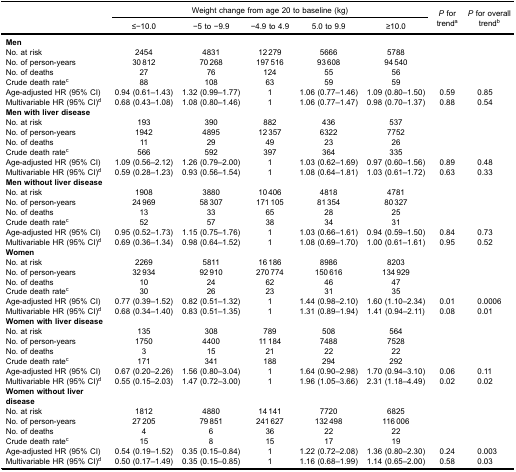
<table><thead><tr><td rowspan="3"><b> </b></td><td colspan="5"><b>Weight change from age 20 to baseline (kg)</b></td><td rowspan="3"><b><i>P</i> fortrend<sup>a</sup></b></td><td rowspan="3"><b><i>P</i> for overalltrend<sup>b</sup></b></td></tr><tr><td><b>≤−10.0</b></td><td><b>−5 to −9.9</b></td><td><b>−4.9 to 4.9</b></td><td><b>5.0 to 9.9</b></td><td><b>≥10.0</b></td></tr></thead><tbody><tr><td><b>Men</b></td><td> </td><td> </td><td> </td><td> </td><td> </td><td> </td><td> </td></tr><tr><td>No. at risk</td><td>2454</td><td>4831</td><td>12 279</td><td>5666</td><td>5788</td><td> </td><td> </td></tr><tr><td>No. of person-years</td><td>30 812</td><td>70 268</td><td>197 516</td><td>93 608</td><td>94 540</td><td> </td><td> </td></tr><tr><td>No. of deaths</td><td>27</td><td>76</td><td>124</td><td>55</td><td>56</td><td> </td><td> </td></tr><tr><td>Crude death rate<sup>c</sup></td><td>88</td><td>108</td><td>63</td><td>59</td><td>59</td><td> </td><td> </td></tr><tr><td>Age-adjusted HR (95% CI)</td><td>0.94 (0.61–1.43)</td><td>1.32 (0.99–1.77)</td><td>1</td><td>1.06 (0.77–1.46)</td><td>1.09 (0.80–1.50)</td><td>0.59</td><td>0.85</td></tr><tr><td>Multivariable HR (95% CI)<sup>d</sup></td><td>0.68 (0.43–1.08)</td><td>1.08 (0.80–1.46)</td><td>1</td><td>1.06 (0.77–1.47)</td><td>0.98 (0.70–1.37)</td><td>0.88</td><td>0.54</td></tr><tr><td><b>Men with liver disease</b></td><td> </td><td> </td><td> </td><td> </td><td> </td><td> </td><td> </td></tr><tr><td>No. at risk</td><td>193</td><td>390</td><td>882</td><td>436</td><td>537</td><td> </td><td> </td></tr><tr><td>No. of person-years</td><td>1942</td><td>4895</td><td>12 357</td><td>6322</td><td>7752</td><td> </td><td> </td></tr><tr><td>No. of deaths</td><td>11</td><td>29</td><td>49</td><td>23</td><td>26</td><td> </td><td> </td></tr><tr><td>Crude death rate<sup>c</sup></td><td>566</td><td>592</td><td>397</td><td>364</td><td>335</td><td> </td><td> </td></tr><tr><td>Age-adjusted HR (95% CI)</td><td>1.09 (0.56–2.12)</td><td>1.26 (0.79–2.00)</td><td>1</td><td>1.03 (0.62–1.69)</td><td>0.97 (0.60–1.56)</td><td>0.89</td><td>0.48</td></tr><tr><td>Multivariable HR (95% CI)<sup>d</sup></td><td>0.59 (0.28–1.23)</td><td>0.93 (0.56–1.54)</td><td>1</td><td>1.08 (0.64–1.81)</td><td>1.03 (0.61–1.72)</td><td>0.63</td><td>0.33</td></tr><tr><td><b>Men without liver disease</b></td><td> </td><td> </td><td> </td><td> </td><td> </td><td> </td><td> </td></tr><tr><td>No. at risk</td><td>1908</td><td>3880</td><td>10 406</td><td>4818</td><td>4781</td><td> </td><td> </td></tr><tr><td>No. of person-years</td><td>24 969</td><td>58 307</td><td>171 105</td><td>81 354</td><td>80 327</td><td> </td><td> </td></tr><tr><td>No. of deaths</td><td>13</td><td>33</td><td>65</td><td>28</td><td>25</td><td> </td><td> </td></tr><tr><td>Crude death rate<sup>c</sup></td><td>52</td><td>57</td><td>38</td><td>34</td><td>31</td><td> </td><td> </td></tr><tr><td>Age-adjusted HR (95% CI)</td><td>0.95 (0.52–1.73)</td><td>1.15 (0.75–1.76)</td><td>1</td><td>1.03 (0.66–1.61)</td><td>0.94 (0.59–1.50)</td><td>0.84</td><td>0.73</td></tr><tr><td>Multivariable HR (95% CI)<sup>d</sup></td><td>0.69 (0.36–1.34)</td><td>0.98 (0.64–1.52)</td><td>1</td><td>1.08 (0.69–1.70)</td><td>1.00 (0.61–1.61)</td><td>0.95</td><td>0.52</td></tr><tr><td><b>Women</b></td><td> </td><td> </td><td> </td><td> </td><td> </td><td> </td><td> </td></tr><tr><td>No. at risk</td><td>2269</td><td>5811</td><td>16 186</td><td>8986</td><td>8203</td><td> </td><td> </td></tr><tr><td>No. of person-years</td><td>32 934</td><td>92 910</td><td>270 774</td><td>150 616</td><td>134 929</td><td> </td><td> </td></tr><tr><td>No. of deaths</td><td>10</td><td>24</td><td>62</td><td>46</td><td>47</td><td> </td><td> </td></tr><tr><td>Crude death rate<sup>c</sup></td><td>30</td><td>26</td><td>23</td><td>31</td><td>35</td><td> </td><td> </td></tr><tr><td>Age-adjusted HR (95% CI)</td><td>0.77 (0.39–1.52)</td><td>0.82 (0.51–1.32)</td><td>1</td><td>1.44 (0.98–2.10)</td><td>1.60 (1.10–2.34)</td><td>0.01</td><td>0.0006</td></tr><tr><td>Multivariable HR (95% CI)<sup>d</sup></td><td>0.68 (0.34–1.40)</td><td>0.83 (0.51–1.35)</td><td>1</td><td>1.31 (0.89–1.94)</td><td>1.41 (0.94–2.11)</td><td>0.08</td><td>0.01</td></tr><tr><td><b>Women with liver disease</b></td><td> </td><td> </td><td> </td><td> </td><td> </td><td> </td><td> </td></tr><tr><td>No. at risk</td><td>135</td><td>308</td><td>789</td><td>508</td><td>564</td><td> </td><td> </td></tr><tr><td>No. of person-years</td><td>1750</td><td>4400</td><td>11 184</td><td>7488</td><td>7528</td><td> </td><td> </td></tr><tr><td>No. of deaths</td><td>3</td><td>15</td><td>21</td><td>22</td><td>22</td><td> </td><td> </td></tr><tr><td>Crude death rate<sup>c</sup></td><td>171</td><td>341</td><td>188</td><td>294</td><td>292</td><td> </td><td> </td></tr><tr><td>Age-adjusted HR (95% CI)</td><td>0.67 (0.20–2.26)</td><td>1.56 (0.80–3.04)</td><td>1</td><td>1.64 (0.90–2.98)</td><td>1.70 (0.94–3.10)</td><td>0.06</td><td>0.11</td></tr><tr><td>Multivariable HR (95% CI)<sup>d</sup></td><td>0.55 (0.15–2.03)</td><td>1.47 (0.72–3.00)</td><td>1</td><td>1.96 (1.05–3.66)</td><td>2.31 (1.18–4.49)</td><td>0.02</td><td>0.02</td></tr><tr><td><b>Women without liver disease</b></td><td> </td><td> </td><td> </td><td> </td><td> </td><td> </td><td> </td></tr><tr><td>No. at risk</td><td>1812</td><td>4880</td><td>14 141</td><td>7720</td><td>6825</td><td> </td><td> </td></tr><tr><td>No. of person-years</td><td>27 205</td><td>79 851</td><td>241 627</td><td>132 498</td><td>116 006</td><td> </td><td> </td></tr><tr><td>No. of deaths</td><td>4</td><td>6</td><td>36</td><td>22</td><td>22</td><td> </td><td> </td></tr><tr><td>Crude death rate<sup>c</sup></td><td>15</td><td>8</td><td>15</td><td>17</td><td>19</td><td> </td><td> </td></tr><tr><td>Age-adjusted HR (95% CI)</td><td>0.54 (0.19–1.52)</td><td>0.35 (0.15–0.84)</td><td>1</td><td>1.22 (0.72–2.08)</td><td>1.36 (0.80–2.30)</td><td>0.24</td><td>0.003</td></tr><tr><td>Multivariable HR (95% CI)<sup>d</sup></td><td>0.50 (0.17–1.49)</td><td>0.35 (0.15–0.85)</td><td>1</td><td>1.16 (0.68–1.99)</td><td>1.14 (0.65–2.00)</td><td>0.58</td><td>0.03</td></tr></tbody></table>